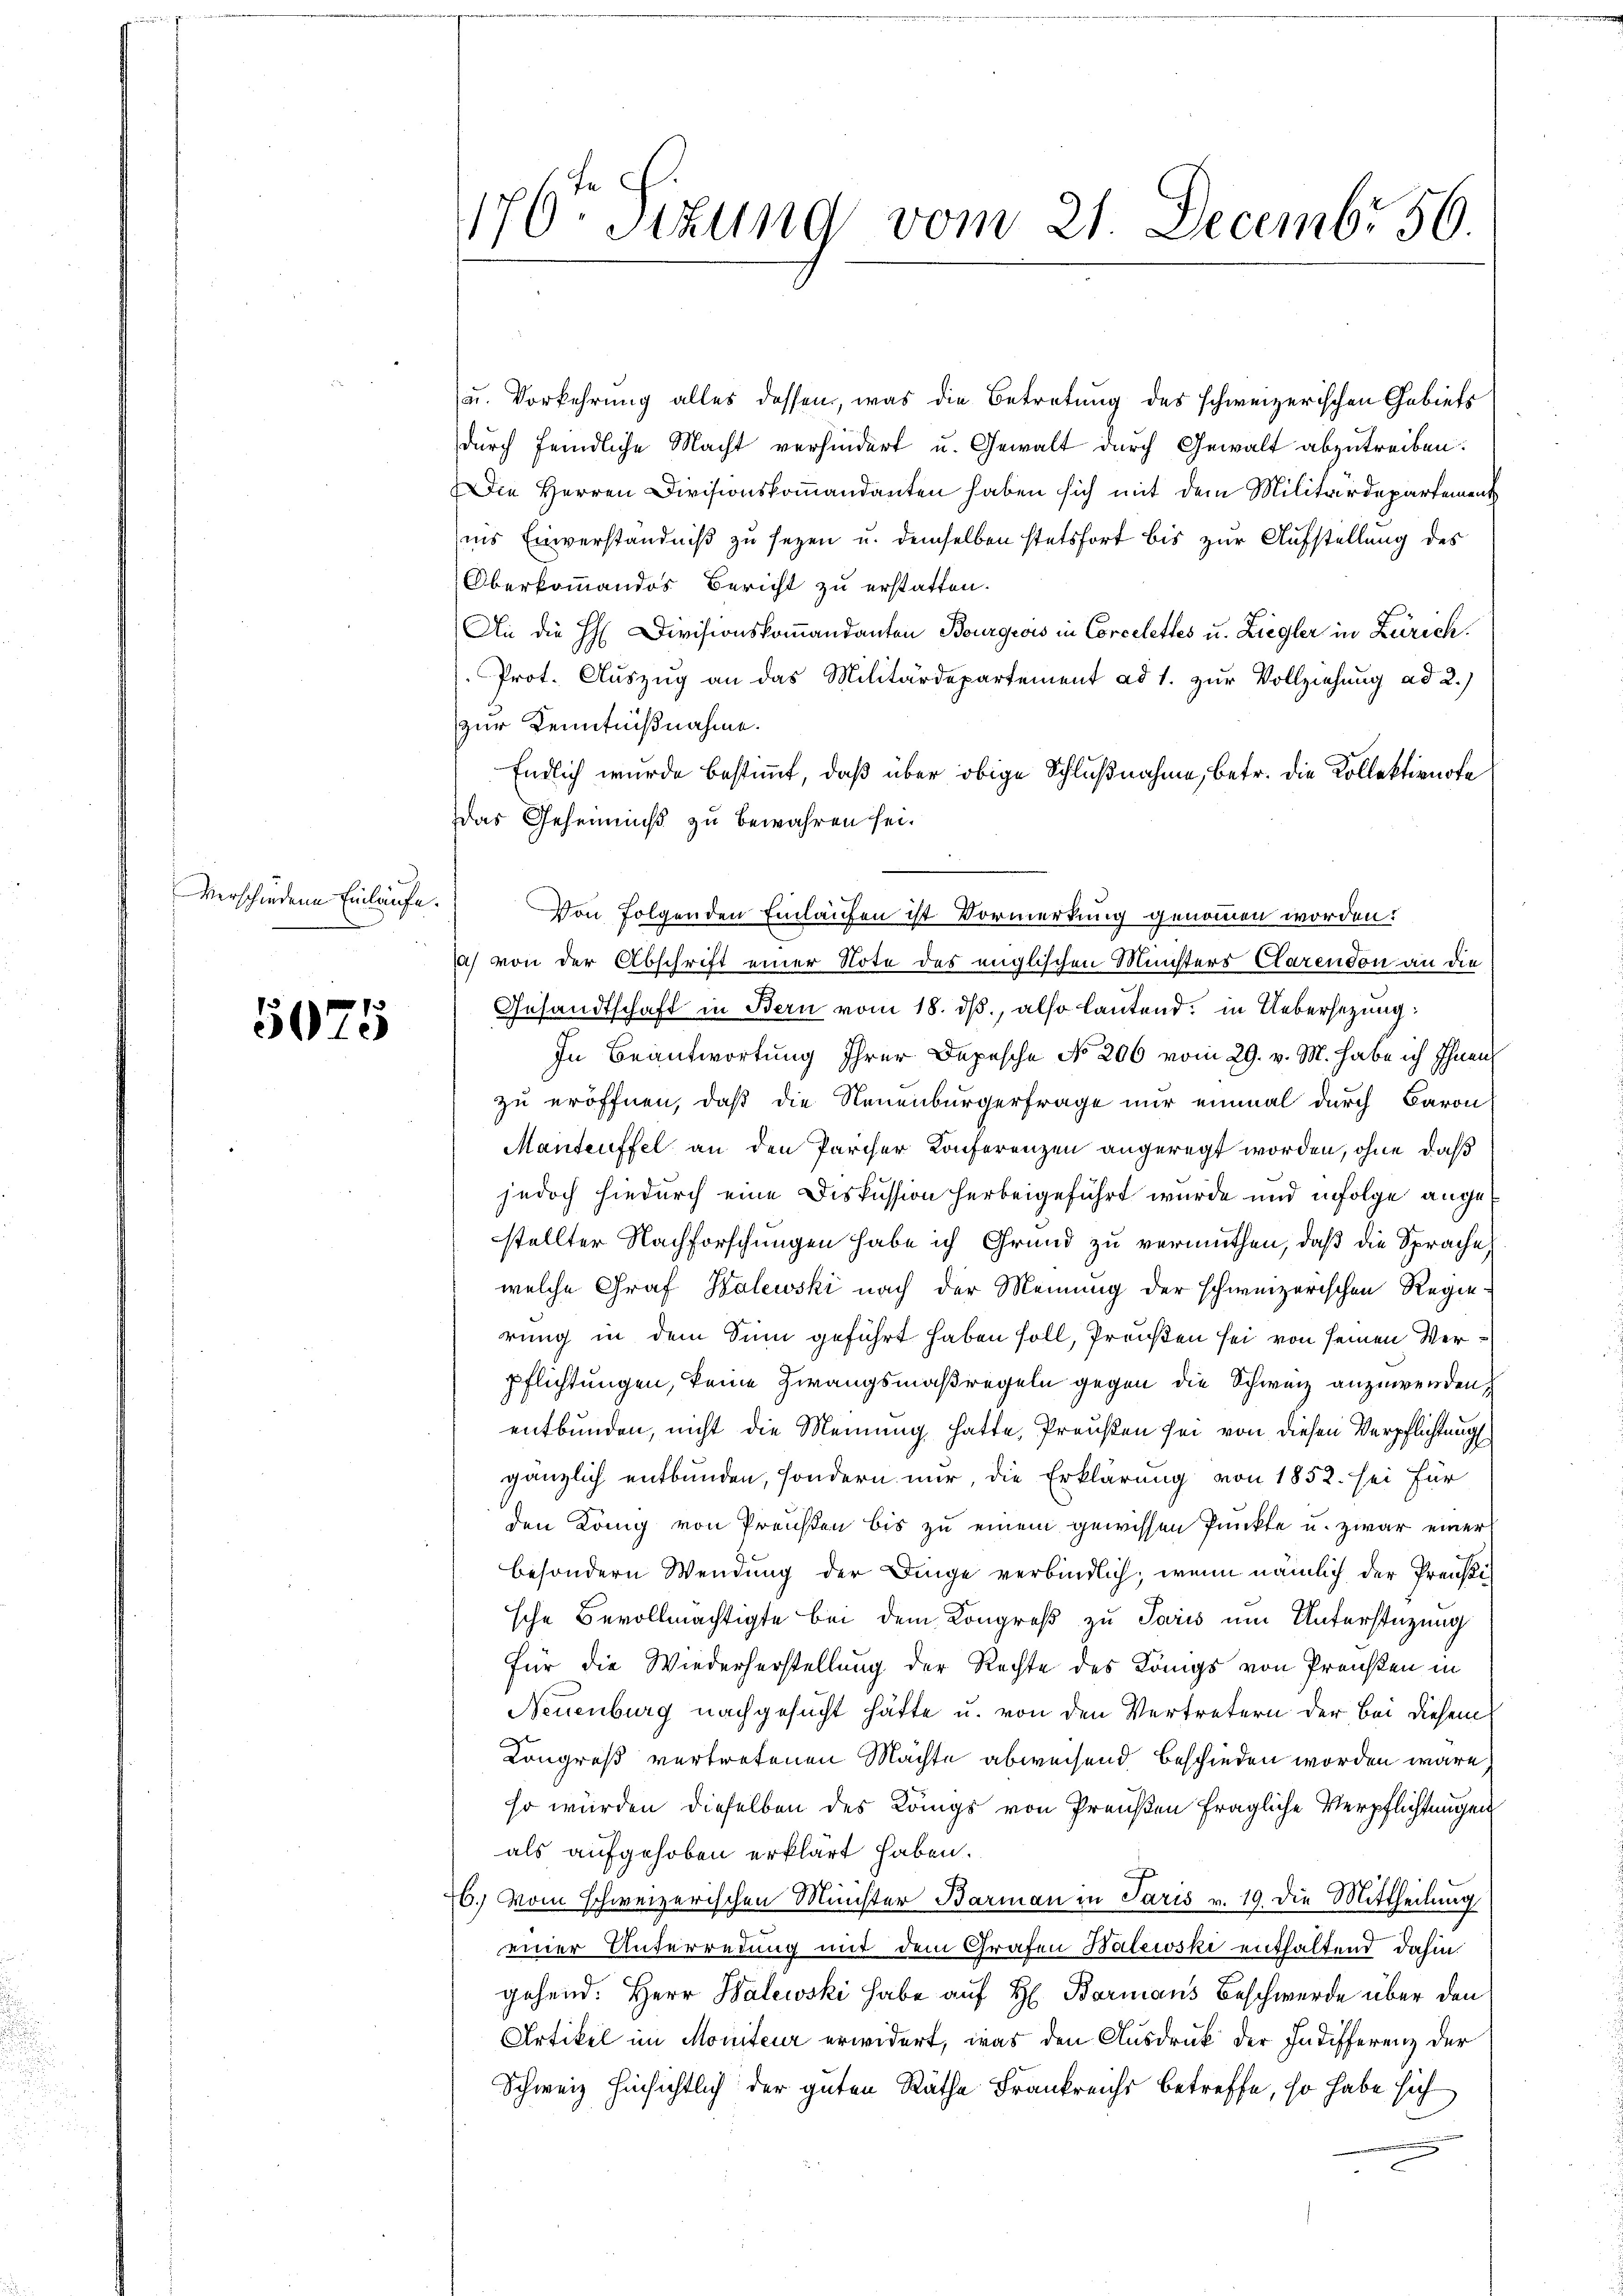
verschiedene Einlaufe.

5075

1170. Sitzung vom 21. Decembr 56.

u. Vorkehrung alles dessen, was die Betretung des schweizerischen Gebiets
durch feindliche Macht verhindert u. Gewalt durch Gewalt abzutreiben.
Die Herren Divisionskommandanten haben sich mit dem Militärdepartement
ins Einverständniß zu sezen u. demselben stetsfort bis zur Aufstellung des
Oberkommandos Bericht zu erstatten.
An die H Divisionskommandanton Bourgeois in Corcelettes u. Ziegler in Zürich.
Prot. Auszug an das Militärdepartement ad 1. zur Vollziehung ad 2.)
zur Kenntnißnahme.
Endlich wurde bestimmt, daß über obige Schlußnahme, betr. die Kollektionote
Das Geheimniß zu bewahren sei.
Von folgenden Einlaufen ist Vormerkung genommen worden:
a) von der Abschrift einer Note des englischen Münsters Clarendon an die
Gesandtschaft in Bern vom 18. ds., also lautend, in Uebersezung:
In Beantwortung Ihrer Depesche No 206 vom 29. v. M. habe ich Ihnen
zu eröffnen, daß die Neuenburgerfrage nur einmal durch Baron
Manteuffel an den Parcher Konferenzen angeregt worden, ohne daß
jedoch hiedurch eine Diskussion herbeigeführt wurde und infolge angestellter Nachforschungen habe ich Grund zu vermuthen, daß die Sprache,
welche Graf Kalewski nach der Meinung der schweizerischen Regie-
rung in dem Sinn geführt haben soll, Preißen sei von seinen Verpflichtungen, keine Zwangsmaßregeln gegen die Schweiz anzuwenden,
entbunden, nicht die Meinung hatte, Preußen sei von diesen Verpflichtung
gänzlich entbunden, sondern nur, die Erklärung von 1852. sei für
den König von Preisten bis zu einem gewissen Punkte u. zwar einer
besondern Wendung der Dinge verbindlich, wenn nämlich der Preußische Bevollmächtigte bei dem Kongreß zu Paris um Unterstüzung
Für die Wiederherstellung der Rechte des Königs von Preisen in
Neuenburg nachgesucht hätte u. von den Vertretern der Bei diesem
Congreß vertretenen Machte abweisend beschieden worden wäre
so würden dieselben des Königs von Preußen fragliche Verpflichtungen
als aufgehoben erklärt haben.
76. Vom schweizerischen Minister Barman in Paris v. 19. die Mittheilung
einer Unterredung mit dem Grafen Balewski enthaltend dahin.
gehend. Herr Halewski habe auf H. Bormans Beschwerde über den
Artikel im Moniteur erwidert, was den Ausdruck der Indifferenz der
Schweiz hinsichtlich der guten Räthe Frankreichs betreffe, so habe sich